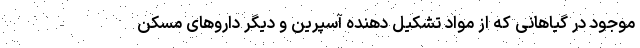
موجود در گیاهانی که از مواد تشکیل دهنده آسپرین و دیگر داروهای مسکن